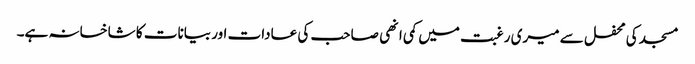
مسجد کی محفل سے میری رغبت میں کمی انھی صاحب کی عادات اور بیانات کا شاخسانہ ہے۔